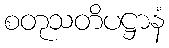
စတုသတိပဋ္ဌာနံ